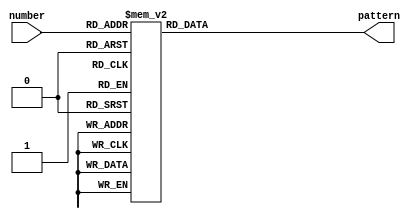
//////////////////////////////////////////////////////////////////////////////////
// Company:      UCD School of Electrical and Electronic Engineering
// Project:        Display Interface Design
// Target Device: XC7A100T-csg324 on Digilent Nexys-4 board
// Description:   Look-up table to map 4-bit input to 7-bit output,
//    to show value in hexadecimal on 7-segment display, segment signals active low.
//   Segment naming as shown below.  Segment pattern output in order ABCDEFG
//          --- A ---
//         |           |
//         F          B
//         |           |
//          --- G ---
//         |           |
//         E          C
//         |           |
//          --- D ---
//
// Revision 0 - File Created, 29 September 2014
// Revision 1 - Comments modified, 12 October 2015
//////////////////////////////////////////////////////////////////////////////////

module hex2seg (
   input [3:0] number,      // 4-bit number
   output reg [6:0] pattern );      // 7-segment pattern - ABCDEFG
   
// look-up table to convert 4-bit value to 7-segment pattern (0 = on)
   always @ (number)
      case(number)
         4'h0:  pattern = 7'b0000001;  // display 0 - all segments on except G
         4'h1:  pattern = 7'b1001111;  // display 1 - segments B and C on
         4'h2:  pattern = 7'b0010010;
         4'h3:  pattern = 7'b0000110;
         4'h4:  pattern = 7'b1001100;
         4'h5:  pattern = 7'b0100100;
         4'h6:  pattern = 7'b0100000;
         4'h7:  pattern = 7'b0001111;
         4'h8:  pattern = 7'b0000000;
         4'h9:  pattern = 7'b0000100;
         4'hA:  pattern = 7'b0001000;
         4'hB:  pattern = 7'b1100000;
         4'hC:  pattern = 7'b0110001;
         4'hD:  pattern = 7'b1000010;
         4'hE:  pattern = 7'b0110000;
         4'hF:  pattern = 7'b0111000;  // display F
      endcase  // no need for default, as all possibilities covered

endmodule